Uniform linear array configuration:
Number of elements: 8
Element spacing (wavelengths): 1
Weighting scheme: hamming
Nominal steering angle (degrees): -60
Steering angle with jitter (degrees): -58.443
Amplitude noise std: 0.05
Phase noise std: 0.05

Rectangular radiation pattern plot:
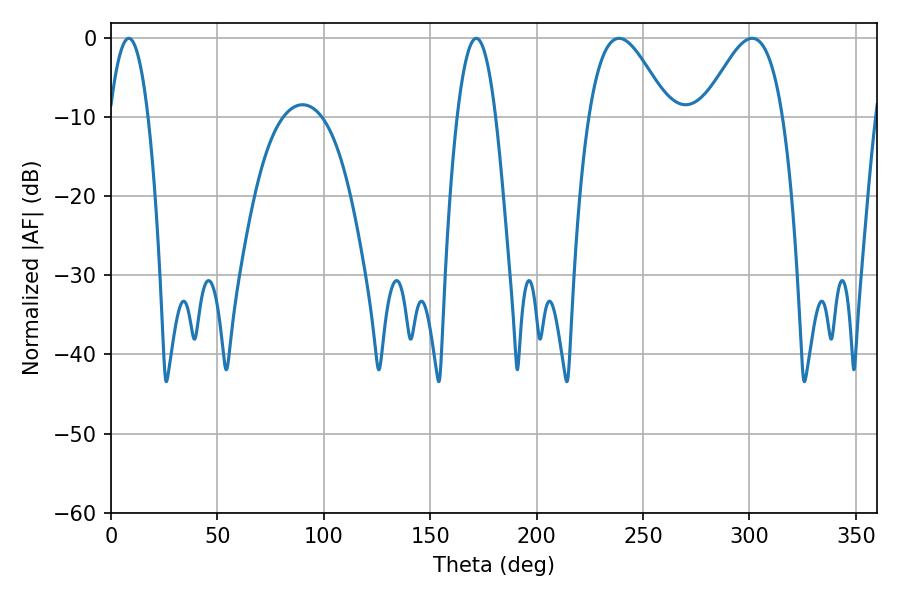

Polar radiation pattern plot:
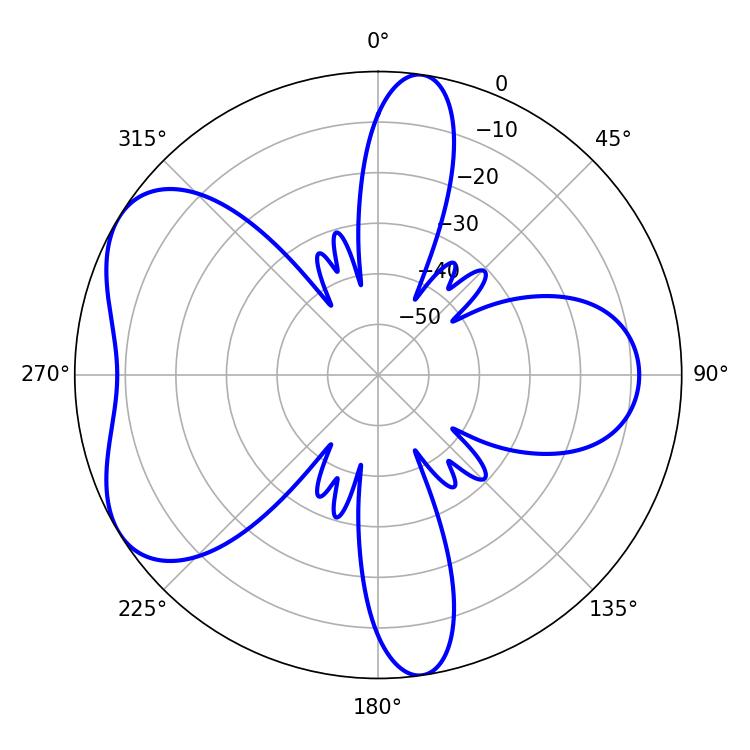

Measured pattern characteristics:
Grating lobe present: TRUE
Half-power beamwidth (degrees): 20.16
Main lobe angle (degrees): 238.68